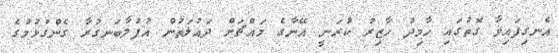
އެނގިފައިވާ ގޮތުގައި ހާމިދު ހާޒިރު ކުރަނީ އޭނާގެ މައްޗަށް ދައުލަތުން އުފުލާބަނގުރާ ގެންގުޅުމުގެ